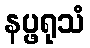
နပ္ဖရုသံ